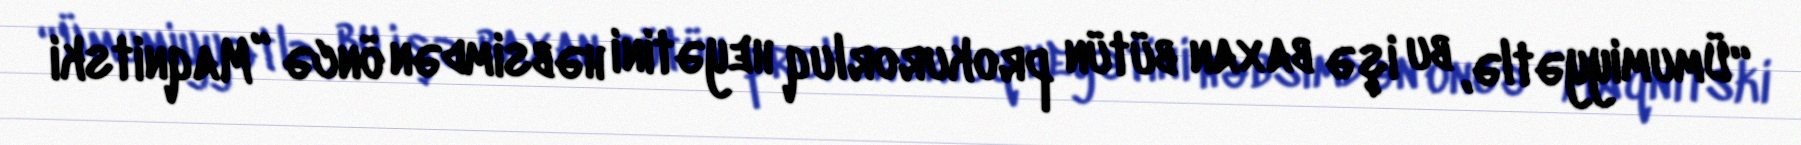
“Ümumiyyətlə, bu işə baxan bütün prokurorluq heyətini həbsimdən öncə ”Maqnitski